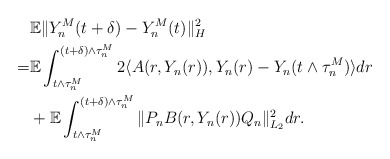
\begin{align*}& \mathbb{E}\Vert Y_n^M (t+\delta) - Y_n^M (t) \Vert_{H}^2 \\= & \mathbb{E}\int_{t\wedge\tau_n^M}^{(t+\delta)\wedge\tau_n^M} 2\langle A(r,Y_n(r)), Y_n(r) - Y_n(t\wedge\tau_n^M) \rangle dr \\& + \mathbb{E}\int_{t\wedge\tau_n^M}^{(t+\delta)\wedge\tau_n^M} \Vert P_n B(r,Y_n(r))Q_n \Vert_{L_2}^2 dr .\end{align*}